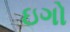
ઇગો